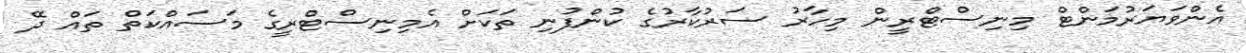
އެންވަޔަރުމަންޓް މިނިސްޓްރީން މިހާރު ސަރުކާރުގެ ކުންފުނި ތަކަށް އެމިނިސްޓްރީގެ މަސައްކަތް ތައްް ދޭ